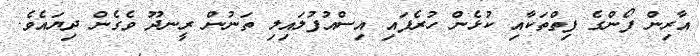
އާރިން ފޯންގެ ފިތްތަކާއި ކުޅެން ހުރެފައި އިސްއުފުލައިލި ތަނުން ރީނދޫ ވެގެން ދިޔައެވެ.